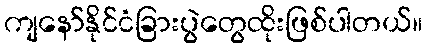
ကျနော်နိုင်ငံခြားပွဲတွေထိုးဖြစ်ပါတယ်။